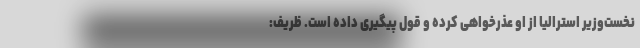
نخست‌وزیر استرالیا از او عذرخواهی کرده و قول پیگیری داده است. ظریف: